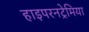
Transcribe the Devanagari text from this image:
हाइपरनट्रेमिया